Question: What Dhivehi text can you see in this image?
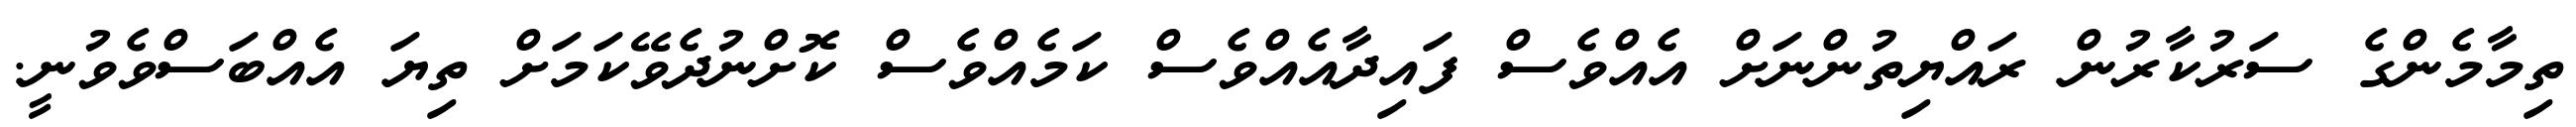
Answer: ތިމާމެންގެ ސަރުކާރުން ރައްޔިތުންނަށް އެއްވެސް ފައިދާއެއްވެސް ކަމެއްވެސް ކޮށްނުދެވޭކަމަށް ތިޔަ އެއްބަސްވެވުނީ.